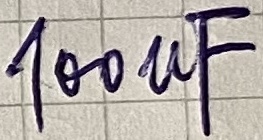
Text: 100µF